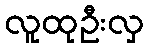
လူထုဦးလှ